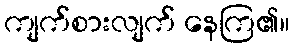
ကျက်စားလျက် နေကြ၏။